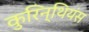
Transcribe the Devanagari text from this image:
कुरिन्थियंस